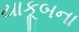
યાકૂબના